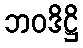
ဘဝဒိဋ္ဌိ